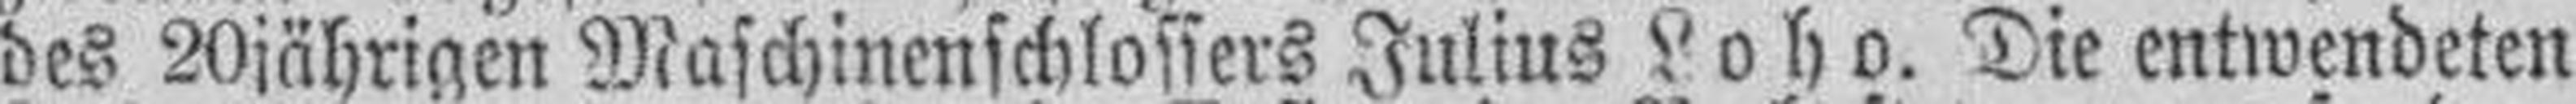
des 20jährigen Maschinenschlossers Julius Loho. Die entwendeten